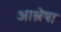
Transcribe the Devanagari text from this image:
आश्रेषा